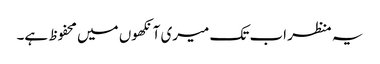
یہ منظر اب تک میری آنکھوں میں محفوظ ہے۔